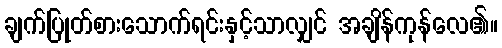
ချက်ပြုတ်စားသောက်ရင်းနှင့်သာလျှင် အချိန်ကုန်လေ၏။